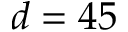
d = 4 5